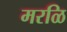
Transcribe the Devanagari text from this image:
मरळि